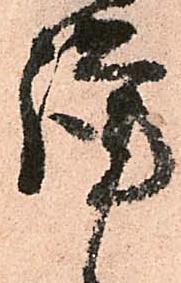
謹